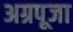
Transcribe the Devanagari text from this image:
अग्रपूजा